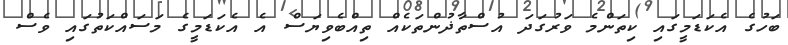
ބަހުގެ އެކަޑަމީގައި ކިތަންމެ ވަރުގަދަ އުސްތާޛުންތަކެއް ތިއްބެވިޔަސް އެ އެކަޑަމީގެ މަސައްކަތުގައި ވެސް